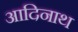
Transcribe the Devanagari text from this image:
आदिनाथ्‍ा